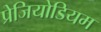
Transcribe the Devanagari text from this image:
प्रेजियोडियम